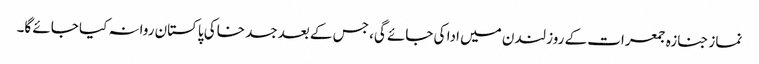
نماز جنازہ جمعرات کے روز لندن میں ادا کی جائے گی، جس کے بعد جسد خاکی پاکستان روانہ کیا جائے گا۔